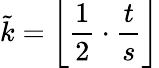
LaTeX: \tilde{k}=\left\lfloor\frac{1}{2}\cdot\frac{t}{s}\right\rfloor